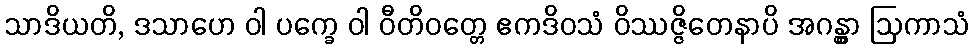
သာဒိယတိ, ဒသာဟေ ဝါ ပက္ခေ ဝါ ဝီတိဝတ္တေ ဧကဒိဝသံ ဝိဿဇ္ဇိတေနာပိ အဂန္တွာ ဩကာသံ